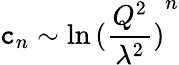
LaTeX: \mathtt{c}_{n}\sim\ln{(\frac{{Q^{2}}}{{\lambda^{2}}})}^{n}